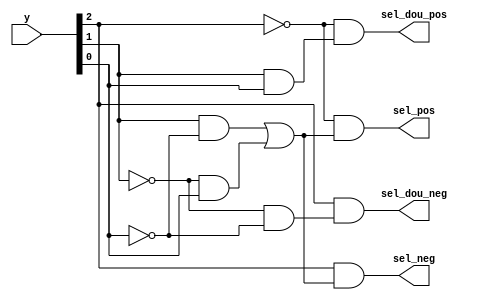
module ysyx_22041071_booth2_sel(
				input  wire [2:0] y				,
				output 			  sel_neg		,
				output 			  sel_pos		,
				output 			  sel_dou_neg	,
				output 			  sel_dou_pos	);
	
	assign sel_neg 	   =  y[2] & ( y[1] & ~y[0] | ~y[1] & y[0]	);
	assign sel_pos 	   = ~y[2] & ( y[1] & ~y[0] | ~y[1] & y[0]	);
	assign sel_dou_neg =  y[2] & (~y[1] & ~y[0]					);
	assign sel_dou_pos = ~y[2] & ( y[1] &  y[0]					);
endmodule